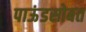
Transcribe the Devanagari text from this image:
पाऊंडसोबत